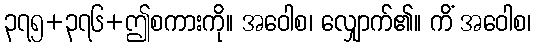
၃၇၅+၃၇၆+ဤစကားကို။ အဝေါစ၊ လျှောက်၏။ ကိံ အဝေါစ၊